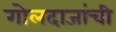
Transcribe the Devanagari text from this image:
गोलदाजांची